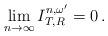
LaTeX: \begin{align*}\lim_{n\to\infty}I^{n,\omega^\prime}_{T,R}=0\, . \end{align*}